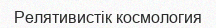
Релятивистік космология